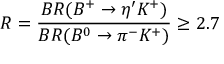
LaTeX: R = { \frac { B R ( B ^ { + } \rightarrow \eta ^ { \prime } K ^ { + } ) } { B R ( B ^ { 0 } \rightarrow \pi ^ { - } K ^ { + } ) } } \geq 2 . 7